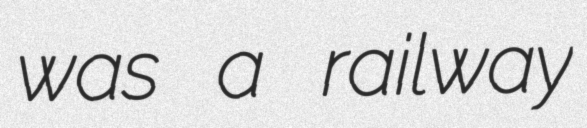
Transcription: was a railway